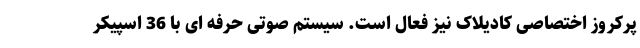
پرکروز اختصاصی کادیلاک نیز فعال است. سیستم صوتی حرفه ای با 36 اسپیکر